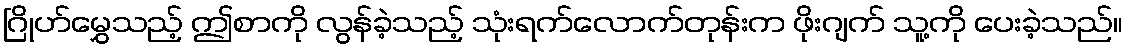
ဂြိုဟ်မွှေသည့် ဤစာကို လွန်ခဲ့သည့် သုံးရက်လောက်တုန်းက ဖိုးဂျက် သူ့ကို ပေးခဲ့သည်။